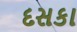
દસકા